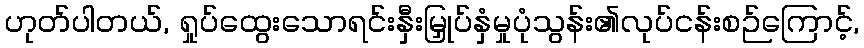
ဟုတ်ပါတယ်, ရှုပ်ထွေးသောရင်းနှီးမြှုပ်နှံမှုပုံသွန်း၏လုပ်ငန်းစဉ်ကြောင့်,